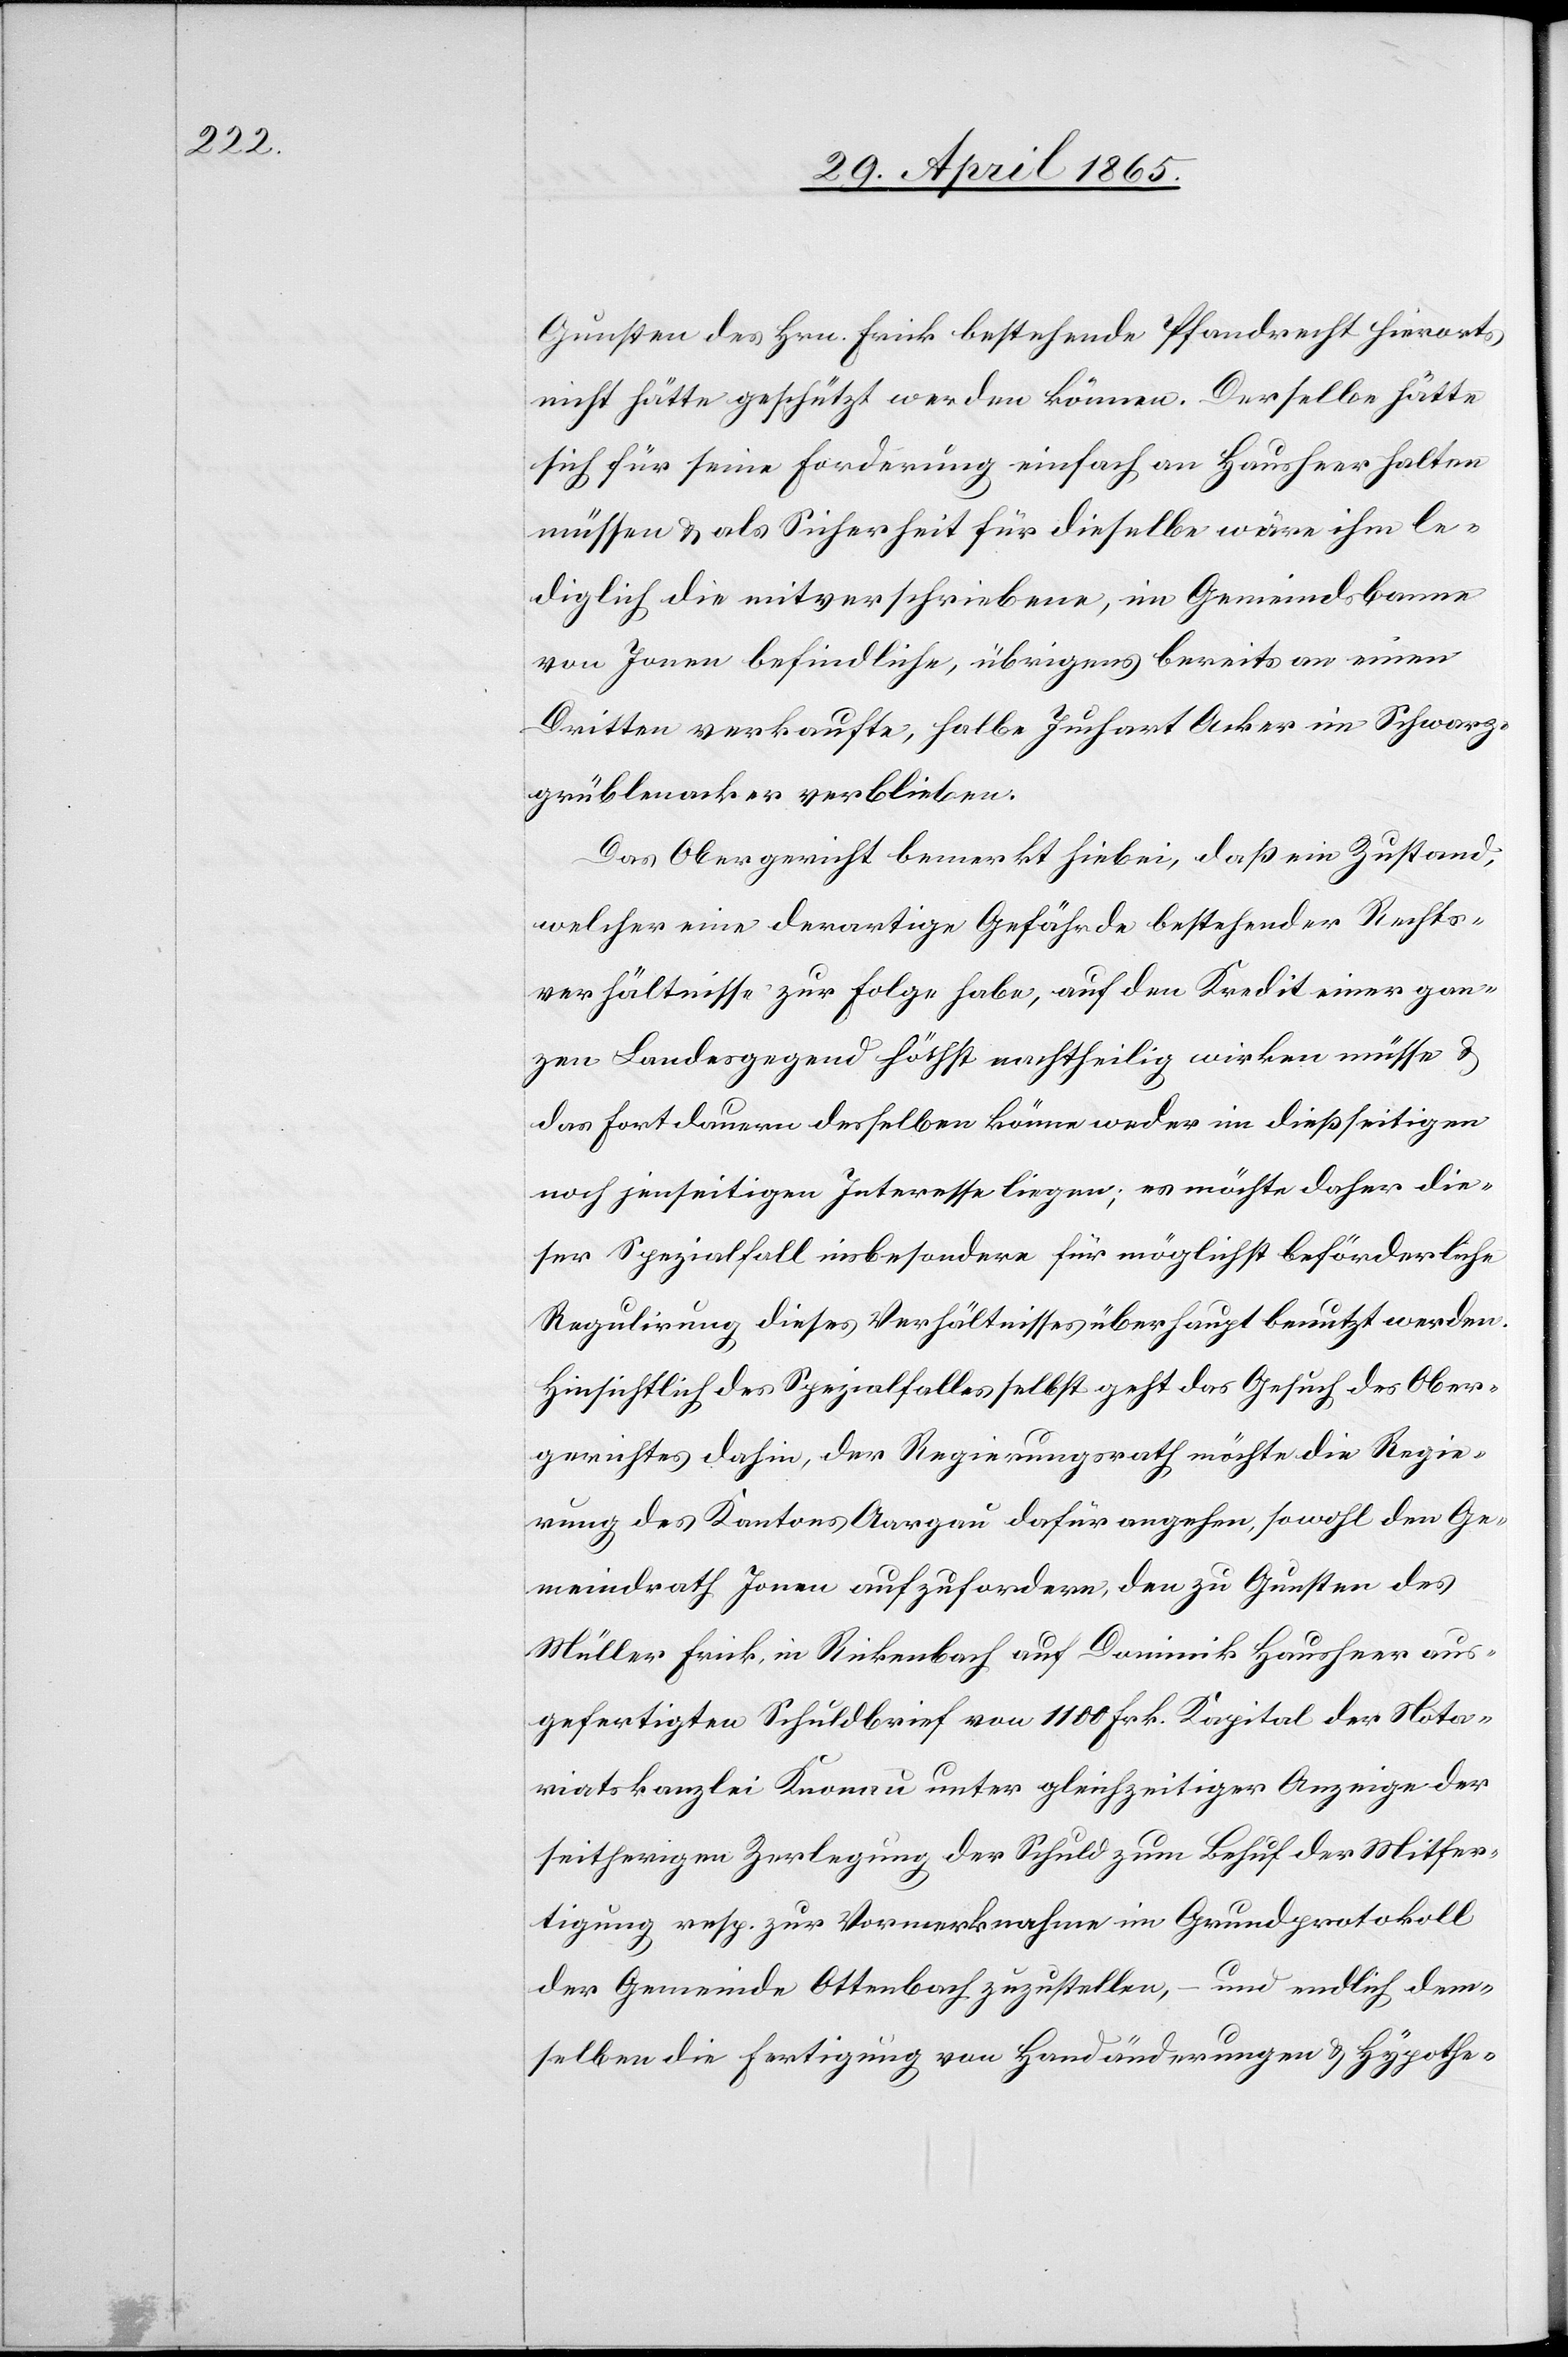
Gunsten des Hrn. Frick bestehende Pfandrecht hierorts
nicht hätte geschützt werden können. Derselbe hätte
sich für seine Forderung einfach an Hausheer halten
müssen & als Sicherheit für dieselbe wäre ihm le¬
diglich die mitverschriebene, im Gemeindsbanne
von Jonen befindliche, übrigens bereits an einen
Dritten verkaufte, halbe Juchart Acker im Schwarz¬
grüblenacker verblieben.
Das Obergericht bemerkt hiebei, daß ein Zustand,
welcher eine derartige Gefährde bestehender Rechts¬
verhältnisse zur Folge habe, auf den Kredit einer gan¬
zen Landesgegend höchst nachtheilig wirken müsse &
das Fortdauern desselben könne weder im dießseitigen
noch jenseitigen Interesse liegen; es möchte daher die¬
ser Spezialfall insbesondere für möglichst beförderliche
Regulirung dieses Verhältnisses überhaupt benutzt werden.
Hinsichtlich des Spezialfalles selbst geht das Gesuch des Ober¬
gerichtes dahin, der Regierungsrath möchte die Regie¬
rung des Kantons Aargau dafür angehen, sowohl den Ge¬
meindrath Jonen aufzufordern, den zu Gunsten des
Müller Frick, in Rickenbach auf Dominik Hausheer aus¬
gefertigten Schuldbrief von 1100 Frk. Kapital der Notar¬
iatskanzlei Knonau unter gleichzeitiger Anzeige der
seitherigen Zerlegung der Schuld zum Behuf der Mitfer¬
tigung resp. zur Vormerknahme im Grundprotokoll
der Gemeinde Ottenbach zuzustellen, – und endlich dem¬
selben die Fertigung von Handänderungen & Hypothe-